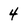
Character: 4